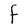
Character: F